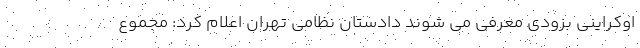
اوکراینی بزودی معرفی می شوند دادستان نظامی تهران اعلام کرد: مجموع